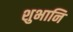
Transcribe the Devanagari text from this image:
शुभानि